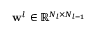
\mathbf { w } ^ { l } \in \mathbb { R } ^ { N _ { l } \times N _ { l - 1 } }